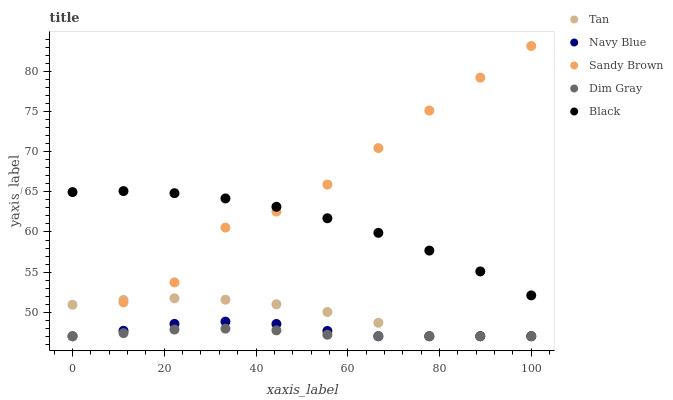
| xaxis_label | Tan | Navy Blue | Sandy Brown | Dim Gray | Black |
 | --- | --- | --- | --- | --- | --- |
 | 0 | 50.9 | 47 | 47 | 47 | 65 |
 | 11.1 | 51.5 | 47.7 | 51.2 | 47.4 | 65.1 |
 | 22.2 | 51.7 | 48.5 | 53.7 | 47.8 | 64.8 |
 | 33.3 | 51.6 | 48.8 | 60.6 | 48 | 64.2 |
 | 44.4 | 51 | 48.5 | 62.5 | 47.7 | 63.1 |
 | 55.6 | 50 | 47.7 | 65.9 | 47.2 | 61.7 |
 | 66.7 | 48.7 | 47 | 70.5 | 47 | 59.9 |
 | 77.8 | 47 | 47 | 75.1 | 47 | 57.7 |
 | 88.9 | 47 | 47 | 79.2 | 47 | 55.1 |
 | 100 | 47 | 47 | 83.2 | 47 | 52.1 |